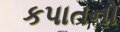
કપાતનો